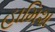
હામિશ